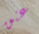
عنق